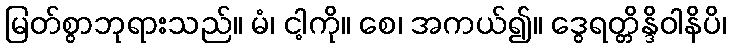
မြတ်စွာဘုရားသည်။ မံ၊ ငါ့ကို။ စေ၊ အကယ်၍။ ဒွေရတ္တိန္ဒိဝါနိပိ၊